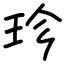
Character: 珍